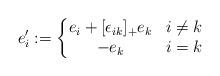
LaTeX: \begin{align*}e_i':=\left\{\begin{matrix}e_i+[\epsilon_{ik}]_+e_k & i\not =k\\-e_k & i=k\end{matrix}\right.\end{align*}